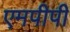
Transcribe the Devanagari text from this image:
एमपीपी